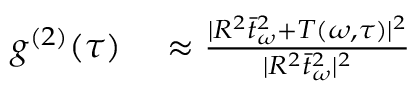
\begin{array} { r l } { g ^ { ( 2 ) } ( \tau ) } & { { } \approx \frac { | R ^ { 2 } \bar { t } _ { \omega } ^ { 2 } + T ( \omega , \tau ) | ^ { 2 } } { | R ^ { 2 } \bar { t } _ { \omega } ^ { 2 } | ^ { 2 } } } \end{array}